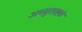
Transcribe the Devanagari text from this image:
अच्युताष्टकं